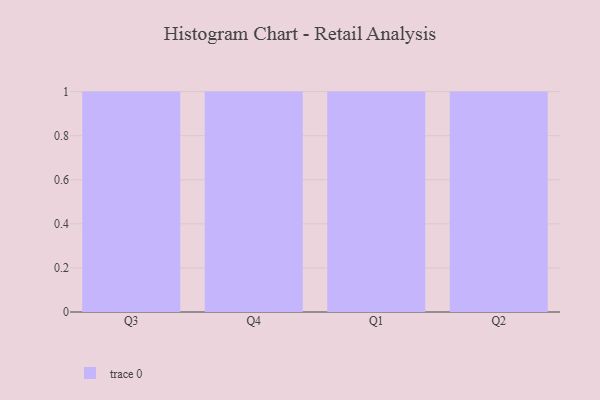
{"axis": {"x": "Quarter", "y": "Latency (ms)"}, "legend": [""], "data": [{"x": "Q3", "y": 59, "type": ""}, {"x": "Q4", "y": 37, "type": ""}, {"x": "Q1", "y": 97, "type": ""}, {"x": "Q2", "y": 52, "type": ""}]}